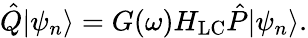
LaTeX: \hat{Q}|\psi_{n}\rangle=G(\omega)H_{\mathrm{LC}}\hat{P}|\psi_{n}\rangle.